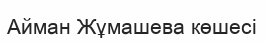
Айман Жұмашева көшесі